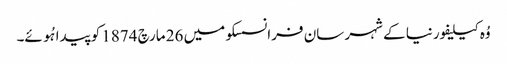
وُہ کیلیفورنیا کے شہر سان فرانسسکو میں 26 مارچ 1874 کو پیدا ہُوئے۔